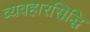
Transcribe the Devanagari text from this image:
व्यवहारसिद्धि